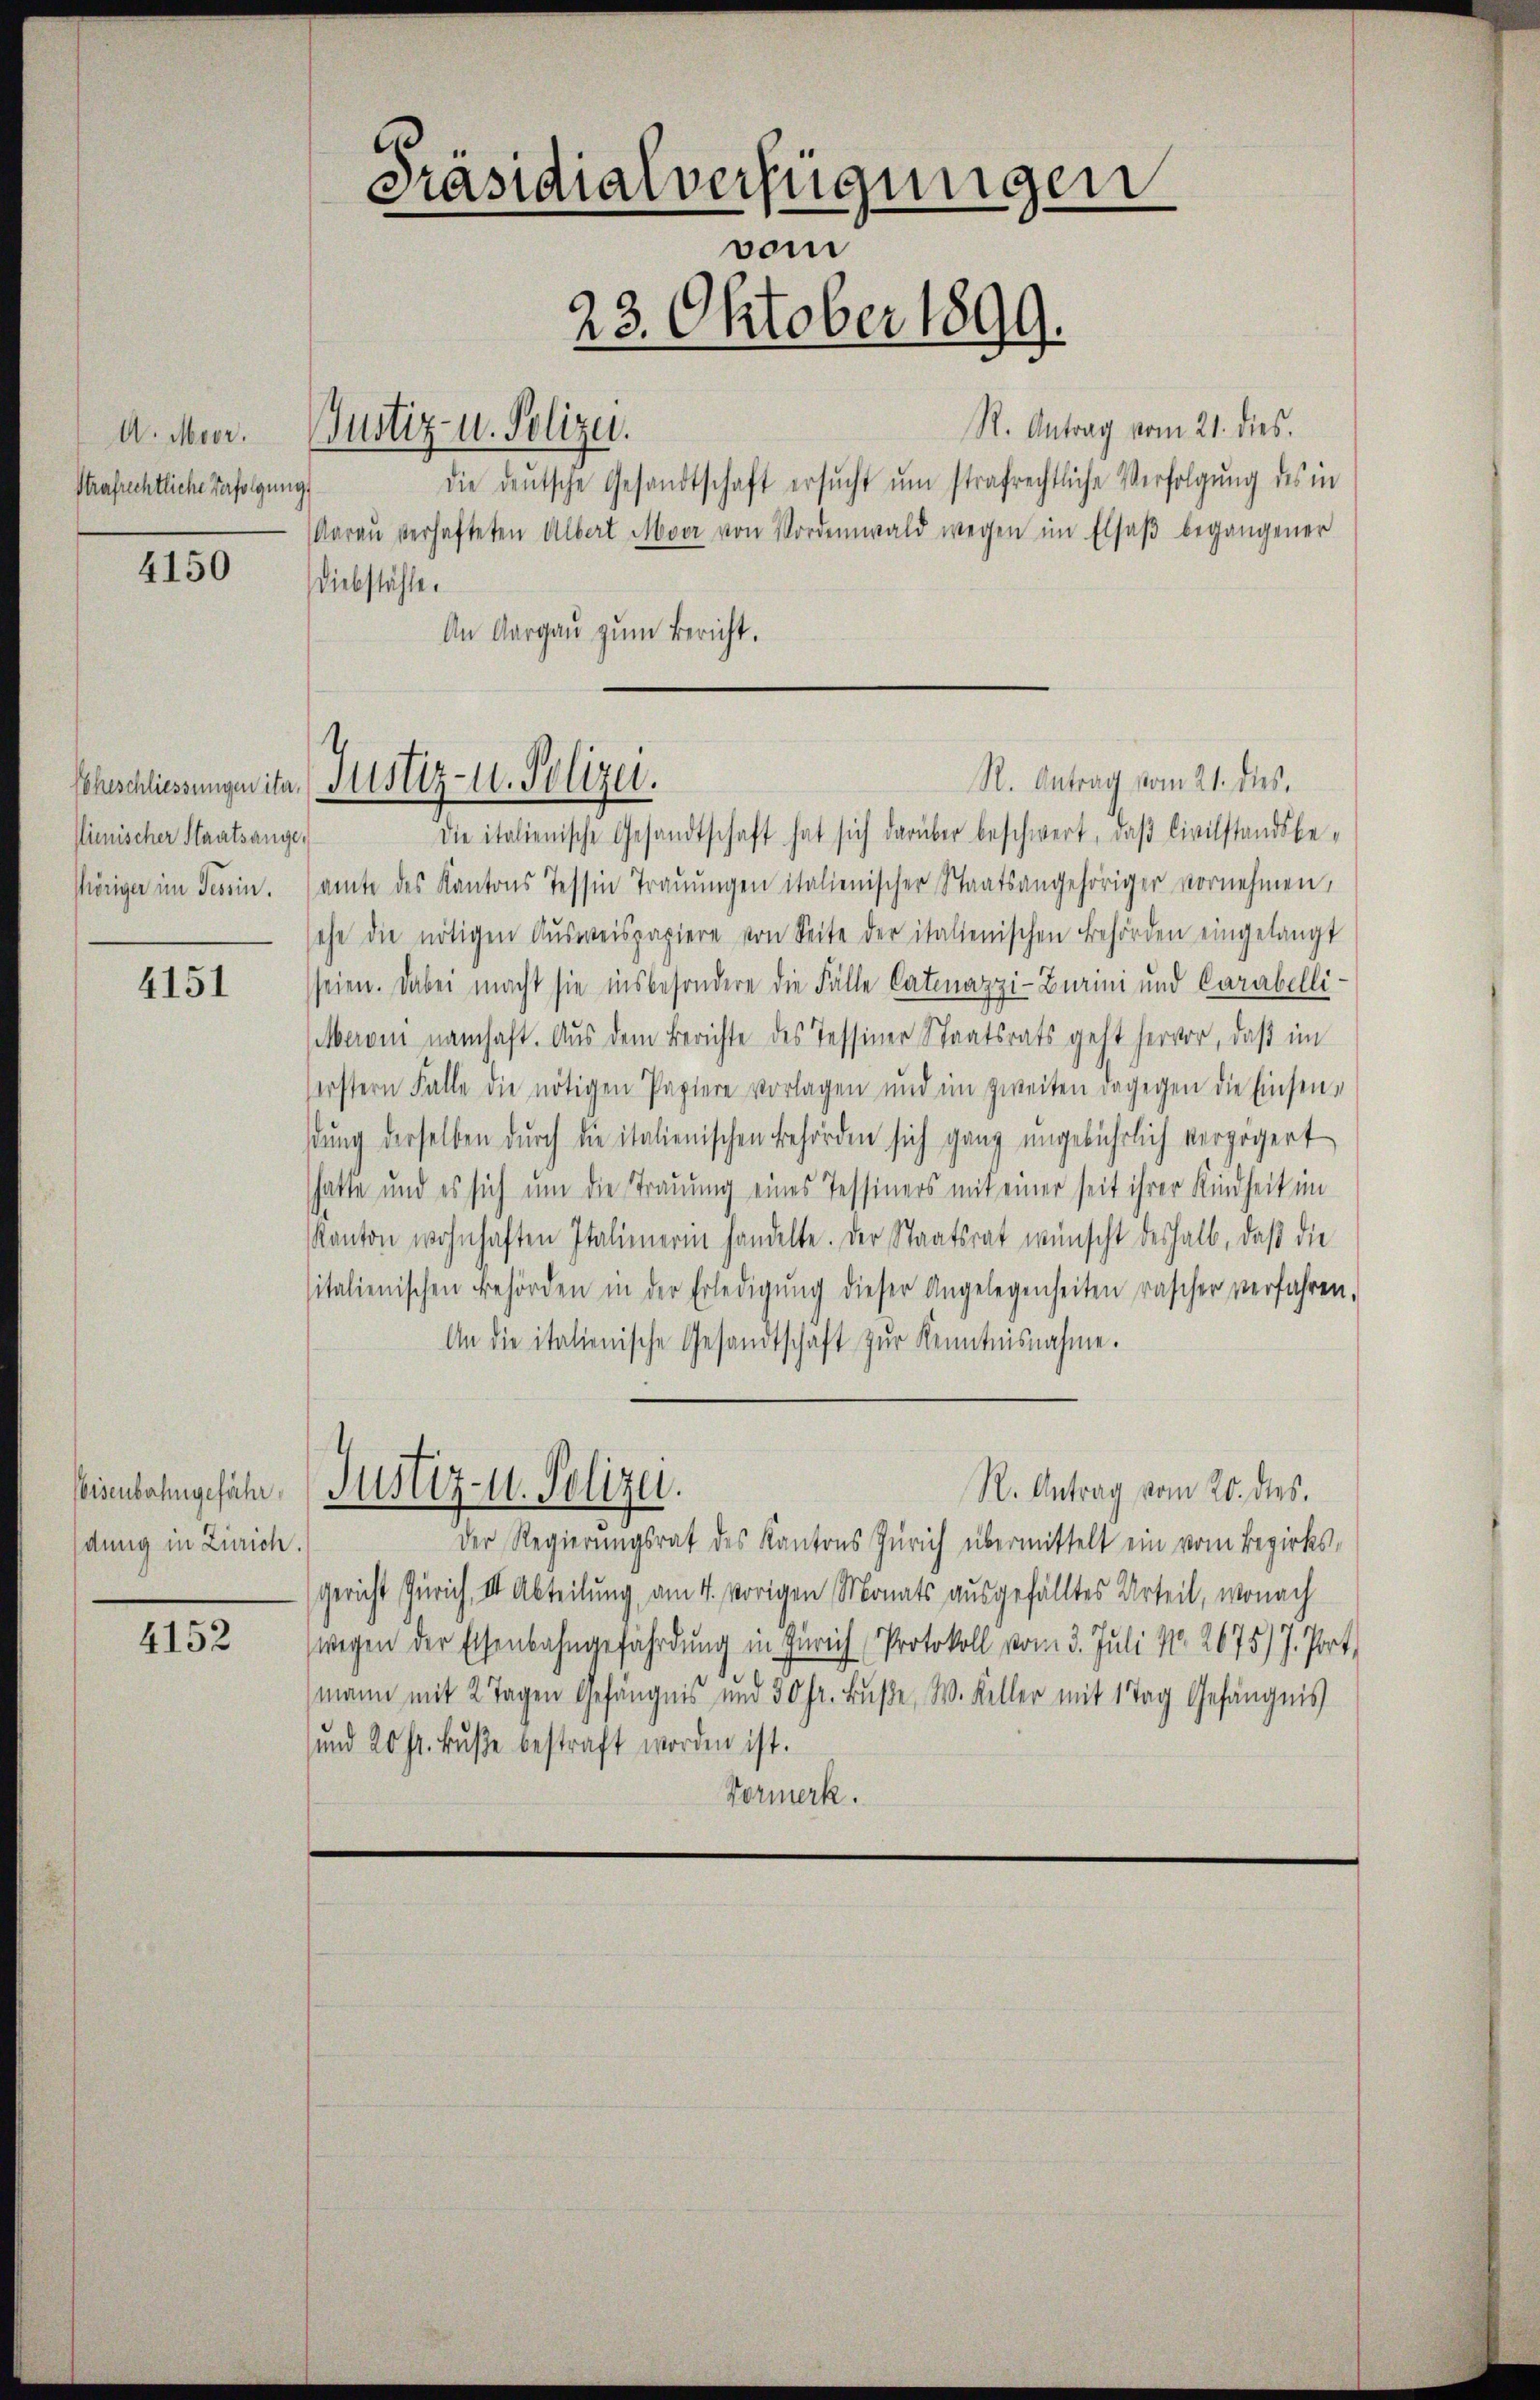
Strafrechtliche Verfolgung

4150

Eheschliessungen ita.
lienischer Staatsange,
shöriger im Tessin.

4151

Eisenbahngefähr
dung in Zürich.

4152

Präsidialverfügungen
vom
23. Oktober 1899.

die deŭtsche Gesandtschaft ersŭcht ŭm strafrechtliche Verfolgŭng des in
araŭ verhafteten Albert Moor von Vordemwald wegen im Elsaß begangener
Diebstähle.
An Aargau zum Bericht.

U. Meer. Justiz- u. Polizei.

R. Antrag vom 21. dies
Die italienische Gesandtschaft hat sich darüber beschwert, daβ Civilstandsbe-
amte des Kantons Tessin Traŭŭngen italienischer Staatsangehöriger vornehmen,
sehe die nötigen Aŭsweispapiere von Seite der italienischen Behörden eingelangt
seien. Dabei macht sie insbesondere die Fälle Catinazzi-Burini und Carabellietberei namhaft. Aus dem Berichte des Tessiner Staatsrats geht hervor, daβ im
erstern Falle die nötigen Papiere vorlagen und im zweiten dagegen die Einsendung derselben durch die italienischen Behörden sich ganz ungebührlich vergögert
hatte und es sich um die Trauung eines Tessiners mit einer seit ihrer Kindheit im
Kanton wohnhaften Italienerin handelte. Der Staatsrat wünscht deshalb, daß die
italienischen Behörden in der Erledigŭng dieser Angelegenheiten rascher verfahren,
An die italienische Gesandtschaft zŭr Kenntnisnahme.
Justiz- u. Polizei.
R. Antrag vom 20. dies.
Der Regierungsrat des Kantons Zürich übermittelt ein vom Bezirks-
Gericht Zürich, III Abteilung, am 4. vorigen Monats ausgefälltes Urteil, wonach
wegen der Eisenbahngefährdung in Zürich Protokoll vom 3. Juli No 2675) J. Port.
mann mit 2 Tagen Gefängnis und 30 fr. Buße, W. Keller mit 1 Tag Gefängnis
und 20 Fr. Bŭβe bestraft worden ist.
Formerk.

Justiz- u. Polizei.

R. Antrag vom 21. dies.